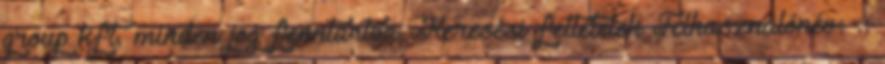
group kft. minden jog fenntartva. Keresési feltételek Felhasználónév: ::